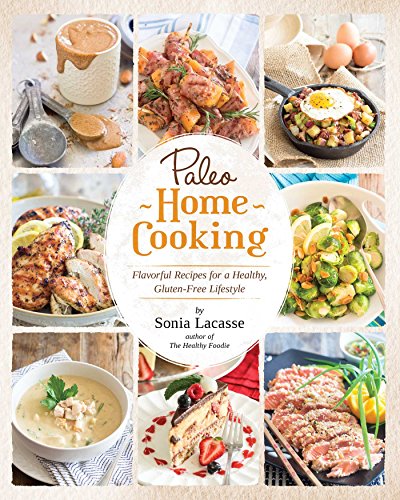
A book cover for Paleo Home Cooking: Flavorful Recipes for a Healthy, Gluten-Free Lifestyle; Sonia Lacasse; Cookbooks, Food & Wine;